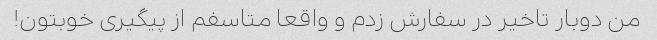
من دوبار تاخیر در سفارش زدم و واقعا متاسفم از پیگیری خوبتون!